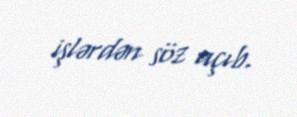
işlərdən söz açıb.